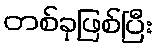
တစ်ခုဖြစ်ပြီး